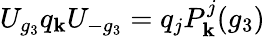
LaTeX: U_{g_{3}}q_{\mathbf{k}}U_{-g_{3}}=q_{j}P_{\mathbf{k}}^{j}(g_{3})